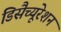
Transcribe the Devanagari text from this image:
डिसैच्यूरेशन